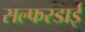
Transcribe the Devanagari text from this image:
सल्फरडाई